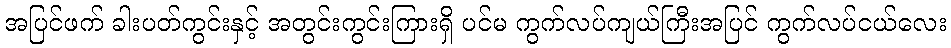
အပြင်ဖက် ခါးပတ်ကွင်းနှင့် အတွင်းကွင်းကြားရှိ ပင်မ ကွက်လပ်ကျယ်ကြီးအပြင် ကွက်လပ်ငယ်လေး